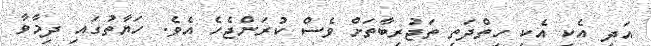
އަދި އެކި އެކި ހިތްދަތި ތަޖުރިބާތަށް ވެސް ކުރަންޖެހެ އެވެ. ހަޔާތުގައި ދިމާވާ